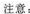
注意：